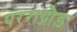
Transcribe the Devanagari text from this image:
परराय्नौड़